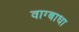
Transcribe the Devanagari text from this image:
वाग्बाधा